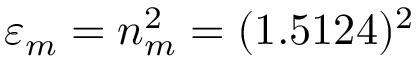
\varepsilon _ { m } = n _ { m } ^ { 2 } = ( 1 . 5 1 2 4 ) ^ { 2 }